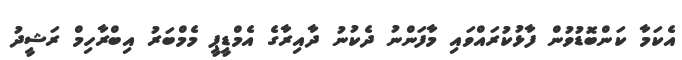
އެކަމާ ކަންބޮޑުވުން ފާޅުކުރައްވައި މާފަންނު ދެކުނު ދާއިރާގެ އެމްޑީޕީ މެމްބަރު އިބްރާހިމް ރަޝީދު